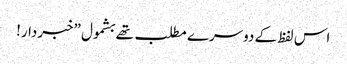
اس لفظ کے دوسرے مطلب تھے بشمول ”خبردار!